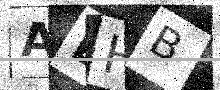
Text: ADHB